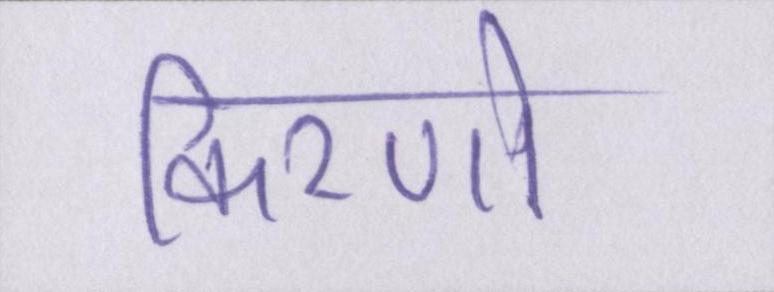
किरणो